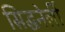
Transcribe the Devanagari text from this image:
सिद्धनेर्ली